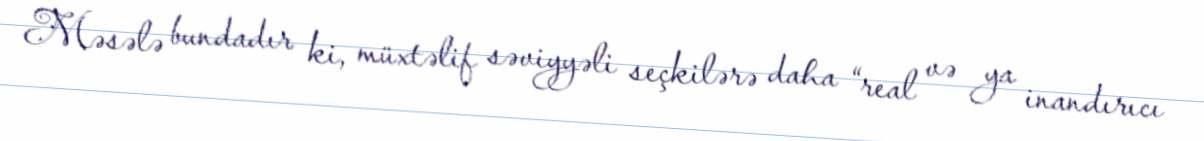
Məsələ bundadır ki, müxtəlif səviyyəli seçkilərə daha “real və ya inandırıcı